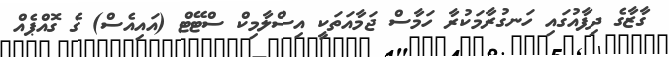
ގާޒާގެ ދިފާއުގައި ހަނގުރާމަކުރާ ހަމާސް ޖަމާއަތަކީ އިސްލާމިކް ސްޓޭޓް (އައިއެސް) ގެ ގޮއްޕެއް